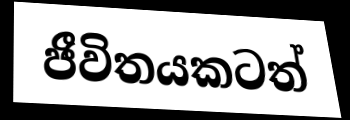
ජීවිතයකටත්